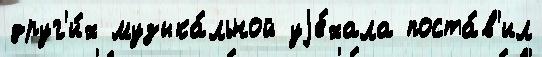
друг'и́х музыка́льной уjе́хала поста́в'ил